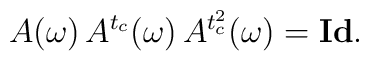
A(\omega )\,A^{t_c}(\omega )\,A^{t_c^2}(\omega )={\bf Id}.